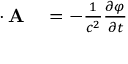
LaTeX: \begin{array} { r l } { \mathbf { \nabla } \cdot \mathbf { A } } & { { } = - { \frac { 1 } { c ^ { 2 } } } { \frac { \partial \varphi } { \partial t } } } \end{array}